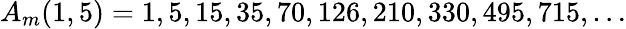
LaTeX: A_{m}(1,5)=1,5,15,35,70,126,210,330,495,715,\ldots